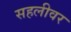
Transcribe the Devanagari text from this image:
सहलीवर